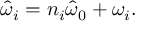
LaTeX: \hat { \omega } _ { i } = n _ { i } \hat { \omega } _ { 0 } + \omega _ { i } .